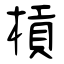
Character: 槓